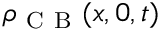
\rho _ { \mathrm { ~ C ~ B ~ } } ( x , 0 , t )